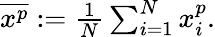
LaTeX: \begin{array}{r}{\overline{{x^{p}}}:=\frac{1}{N}\sum_{i=1}^{N}x_{i}^{p}.}\end{array}